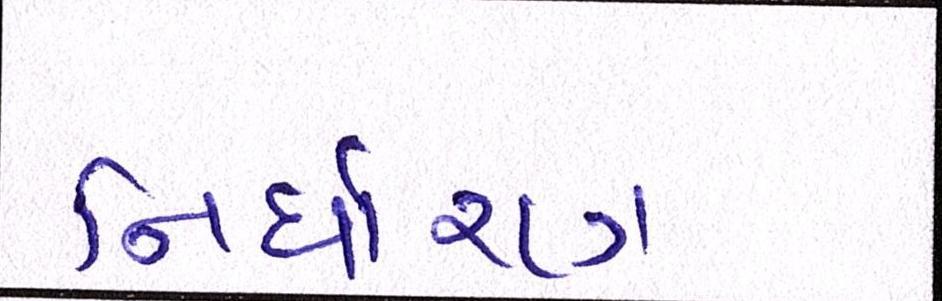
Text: નિર્ધારણ